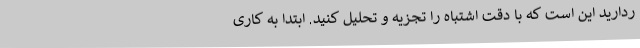
ردارید این است که با دقت اشتباه را تجزیه و تحلیل کنید. ابتدا به کاری